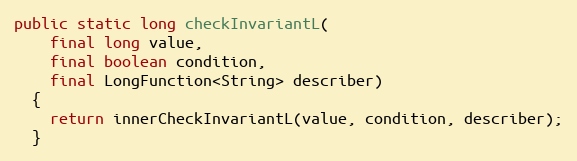
Language: Java
public static long checkInvariantL(
    final long value,
    final boolean condition,
    final LongFunction<String> describer)
  {
    return innerCheckInvariantL(value, condition, describer);
  }